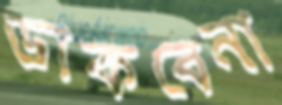
ডাকবেনা